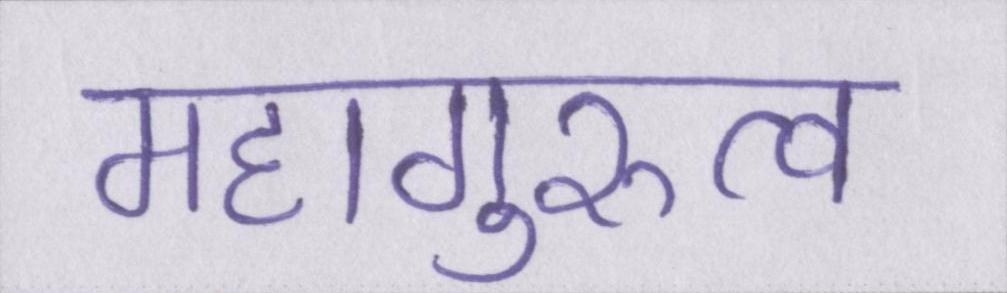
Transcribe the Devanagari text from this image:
महागुरुत्व